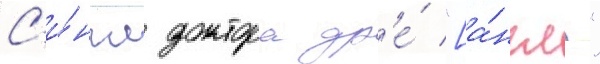
С'и́нгл доктора др'е́ "[а́нгл."